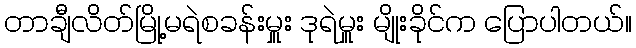
တာချီလိတ်မြို့မရဲစခန်းမှူး ဒုရဲမှူး မျိုးခိုင်က ပြောပါတယ်။